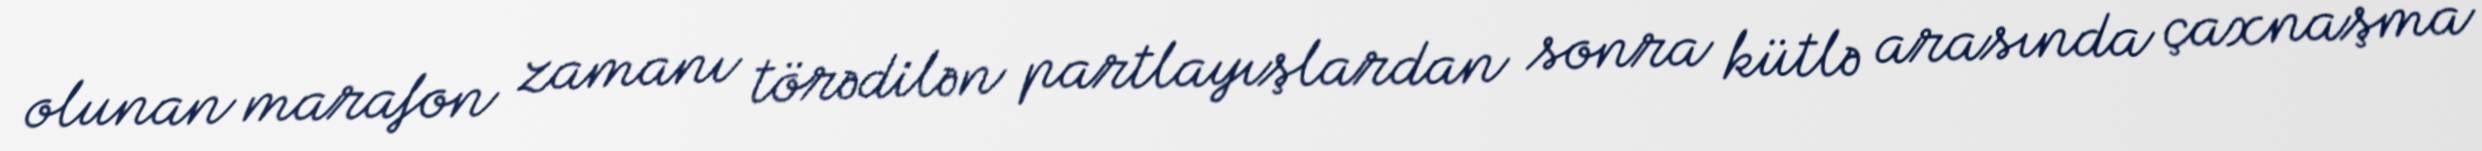
olunan marafon zamanı törədilən partlayışlardan sonra kütlə arasında çaxnaşma